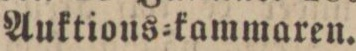
Auktions=kammaren.